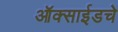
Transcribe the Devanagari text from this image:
ऑक्साईडचे